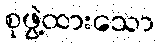
စုဖွဲ့ထားသော